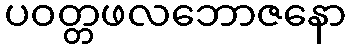
ပဝတ္တဖလဘောဇနော